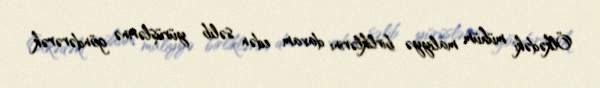
Ölkədəki mühüm maliyyə birliklərini davam edən səlib yürüşlərinə göndərərək